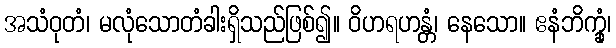
အသံဝုတံ၊ မလုံသောတံခါးရှိသည်ဖြစ်၍။ ဝိဟရဟန္တံ၊ နေသော။ ဧနံဘိက္ခုံ၊